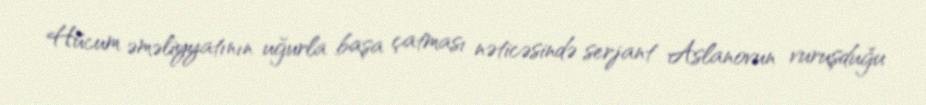
Hücum əməliyyatının uğurla başa çatması nəticəsində serjant Aslanovun vuruşduğu